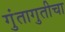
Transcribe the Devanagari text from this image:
गुंतागुतीचा